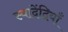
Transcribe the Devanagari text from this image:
स्वादेंद्रियाँ